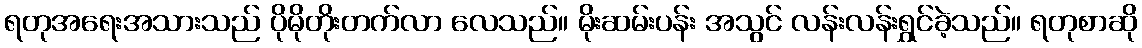
ရတုအရေးအသားသည် ပိုမိုတိုးတက်လာ လေသည်။ မိုးဆမ်းပန်း အသွင် လန်းလန်းရွှင်ခဲ့သည်။ ရတုစာဆို